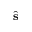
\hat { \bf s }